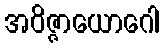
အဝိဇ္ဇာယောဂေါ